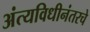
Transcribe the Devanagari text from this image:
अंत्यविधीनंतरचे